Medical and sanitary report of the native army of Madras for the year
Year: 1872
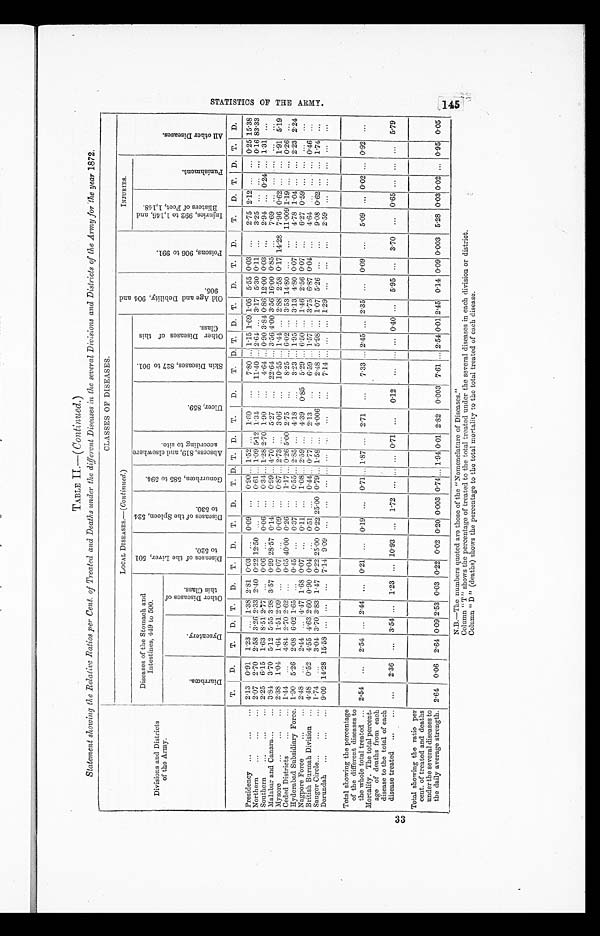
33
TABLE II—( Continued.)
Statement showing the Relative Ratios per Cent. of Treated and Deaths under the different Diseases in the several Divisions and Districts of the Army for the year 1872.
Divisions and Districts
of the Army.
CLASSES OF DISEASES.
LOCAL DISEASES.—(Continued.)
O l d A g e a n d D e b i l i t y , 9 0 4 a n d 9 0 5 .
P o i s o n s , 9 0 6 t o 9 9 1 .
INJURIES.
A l l O t h e r D i s e a s e s .
Diseases of the Stomach and
Intestines, 419 to 500.
D i s e a s e s o f t h e L i v e r , 5 0 1 t o 5 2 0 .
D i s e a s e s o f t h e S p l e e n , 5 2 4 t o 5 3 0 .
G o n o r r h œ a , 5 8 5 t o 5 9 4 .
A b s c e s s , 8 1 9 , a n d e l s e w h e r e a c c o r d i n g t o s i t e .
U l c e r , 8 5 9 .
S k i n D i s e a s e s , 8 2 7 t o 9 0 1 .
O t h e r D i s e a s e s o f t h i s C l a s s .
I n j u r i e s , 9 9 2 t o 1 , 1 4 6 , a n d B l i s t e r s o f F c e t , 1 , 1 4 8 .
P u n i s h m e n t .
D i a r r h œ a .
D y s e n t e r y .
O t h e r D i s e a s e s o f t h i s C l a s s .
Presidency ...
...
...
T.
D.
T. D. T. D. T. D. T. D. T. D. T. D. T.
D.
T. D. T. D. T. D. T. D.
T. D. T. D. T. D.
2.13 0.91 1.23 ... 1.38 2.81 0.03 ... 0.09 ... 0.90 ... 1.52 ... 1.60 ...
7.80 ... 1.15 1.69 1.05 5.55 0.03 ...
2.75 2.12
... ... 0.25 15.38
Northern
...
...
... 2.07 2.70 2.58 3.26 2.33 2.40 0.22 12.50 ...
... 0.61 ... 1.09 5.12 1.34 ... 11.40 ... 2.64 ... 3.17 5.30 0.11 ... 3.25 ... ... ... 0.16 83.33
Southern
...
...
... 2.25 6.15 1.63 8.51 2.77 ...
0.06 ... 0.06 ... 0.34 ... 1.28 2.70 1.90 ...
4.64 ... 0.90 3.84 0.86 12.00 0.03 ... 2.94 ... 0.24 ... 1.31 . . .
Malabar and Canara...
... 3.84 3.70 5.12 5.55 3.98 3.57 0.99 28.57 0.14 ... 0.99 ... 4.70 ... 5.27 ... 22.64 ... 3.56 4.00 3.56 16.00 0.85 ... 7.69 ... ... ... ... . . .
Mysore
...
. .
2.38 1.04 1.64 1.51 2.09 ...
0.07 ... 0.09 ... 0.87... 2.73 ... 3.06 ... 10.55 ... 1.44 ... 2.88 2.58 0.17 14.28 7.96 0.62 ... ... 1.91 5.19
Ceded Districts
...
... 1.44 ...
4.84 2.70 2.62 ...
0.65 40.00 0.26 ... 1.17 0.26 5.00 2.75 ...
8.25 ... 6.02 ... 3.53 14.80 ...
... 11.009 1.19 ... ... 0.26 . .
Hyderabad Subsidiary Force. 1.90 5.26 2.08 6.02 1.65 ... 0.45 ... 0.37
... 0.55 ... 2.85 ... 4.18 ...
3.23 ... 1.95 ... 3.13 4.80 0.07 ... 4.78 1.04 ... ... 2.23 2.24
Nagpore Force
...
... 2.48 ...
2.44 ... 4.47 1.68 0.07 ... 0.11
... 1.08 2.59 ... 4.39 0.85 5.29 ...6.50 ... 1.46 2.56 0.07 ... 6.27 0.59 ... ... ... . . .
British Burmah Division ... 4.48 0.52 4.55 4.63 2.60 0.90 0.04 ... 0.51
... 0.44 0.77 ... 2.13 ...
6.59 ... 1.57 ... 3.75 6.87 0.04 ... 4.64 ... ... ... 0.46 . . .
Saugor Circle...
...
... 1.74 ...
3.04 3.70 3.83 1.47 0.22 25.00 0.22 25.00 0.79 ... 1.58 ... 4.006 ...
2.48 ... 5.98 ... 1.07 5.26 ...
... 9.08 0.62 ... ... 1.74 . . .
Dorundah ...
...
... 9.09 14.28 15.58 ... ... ... 7.14 9.09 ...
... ... ... ...
. . . ...
... 7.14 ... ... ... 1.29...
... ...
2.59 ... ... ... ... ...
Total showing the percentage
of the different diseases to
the whole total treated ... 2.54 ...
2.54 ... 2.44 ...
0.21 ... 0.19 ... 0.71 ... 1.87 ... 2.71 ...
7.33 ... 2.45 ... 2.35 ... 0.09 ... 5.09 ... 0.02 ... 0.92 . . .
Mortality. The total percent
- age of deaths from each
disease to the total of each
disease treated ...
... ...
2.36 ... 3.54
...
1.23 ... 10.93 ... 1.72 ...
...
... 0.71 ... 0.12
. . . ... ... 0.40 ... 5.95 ... 3.70
. . . 0.65 ... ...
...
5.79
Total showing the ratio per
cent. of treated and deaths
under the several diseases to
the daily average strength. 2.64 0.06 2.64 0.092.53 0.03 0.22 0.02 0.20 0.003 0.74
...
1.94 0.01 2.82 0.003 7.61 ... 2.54 0.01
2.45
0.14 0.09 0.003 5.28 0.030.02 ...
0.95
0.05
N.B.—The numbers quoted are those of the "Nomenclature of Diseases."
Column "T" shows the percentage of treated to the total treated under the several diseases in each division or district.
Column "D" (deaths) shows the percentage to the total mortality to the total treated of each disease.
S T A T I S T I C S O F T H E A R M Y . 1 4 5